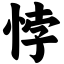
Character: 悖